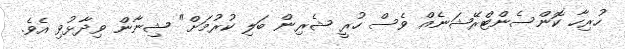
ހުރިހާ ކޮންސެންޓްރޭޝަނެއް ވެސް ހުރީ ޝެރިން ބަލި ކުރުމަށް" ޝިނާން ވިދާޅުވި އެވެ.